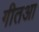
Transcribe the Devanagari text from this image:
गीतआ